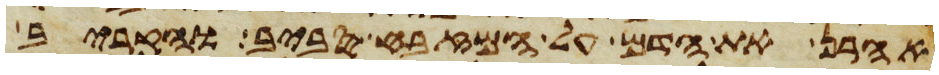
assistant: אהרן את הדם על המזבח סביב והקריב